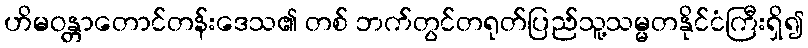
ဟိမဝန္တာတောင်တန်းဒေသ၏ တစ် ဘက်တွင်တရုတ်ပြည်သူ့သမ္မတနိုင်ငံကြီးရှိ၍